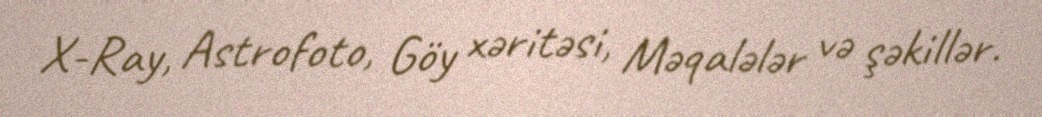
X-Ray, Astrofoto, Göy xəritəsi, Məqalələr və şəkillər.